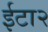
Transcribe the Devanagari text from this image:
ईटा२